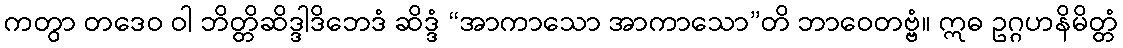
ကတွာ တဒေဝ ဝါ ဘိတ္တိဆိဒ္ဒါဒိဘေဒံ ဆိဒ္ဒံ “အာကာသော အာကာသော”တိ ဘာဝေတဗ္ဗံ။ ဣဓ ဥဂ္ဂဟနိမိတ္တံ